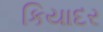
કિયાદર